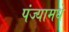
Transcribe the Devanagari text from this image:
पंज्यामधे